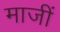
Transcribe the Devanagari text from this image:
माजीं